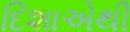
દિશાએથી